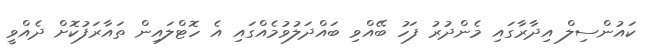
ކައުންސިލް އިދާރާގައި މެންދުރު ފަހު ބޭއްވި ބައްދަލުވުމެއްގައި އެ ހޮޓްލައިން ތައާރަފުކޮށް ދެއްވީ